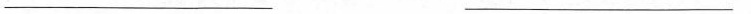
___ ___